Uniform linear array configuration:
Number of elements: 12
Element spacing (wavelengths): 0.5
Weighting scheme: binomial
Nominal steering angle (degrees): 15
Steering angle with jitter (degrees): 16.643
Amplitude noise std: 0.05
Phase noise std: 0.05

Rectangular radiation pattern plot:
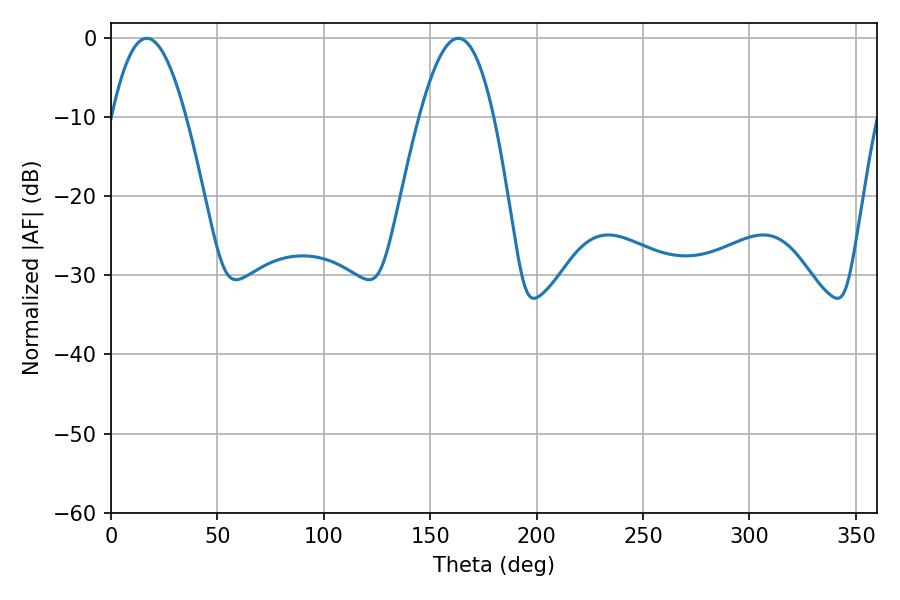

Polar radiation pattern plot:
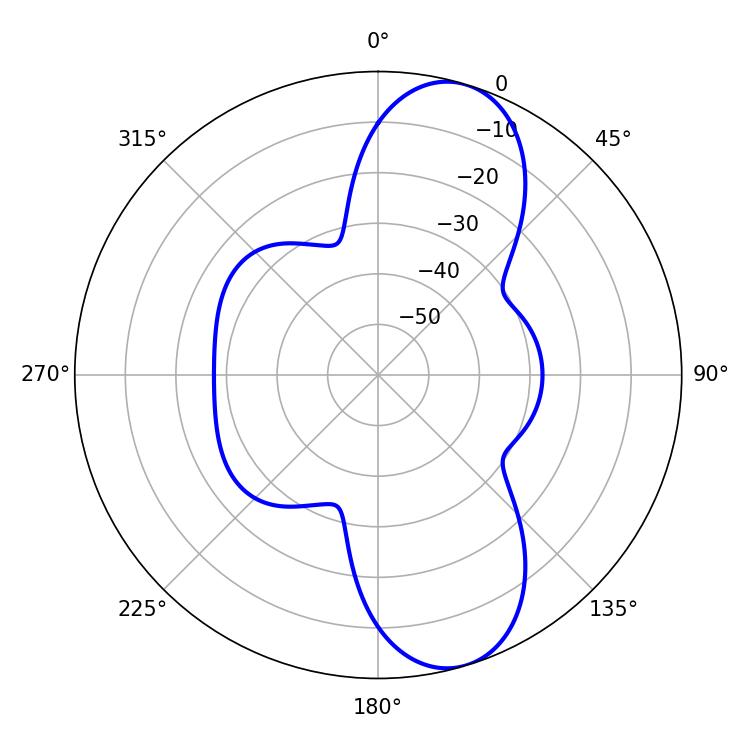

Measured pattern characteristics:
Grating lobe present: FALSE
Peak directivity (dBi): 9.795
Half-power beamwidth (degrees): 19.08
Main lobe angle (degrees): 16.74